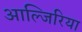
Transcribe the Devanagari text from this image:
आल्जिरिया